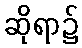
ဆိုရာ၌